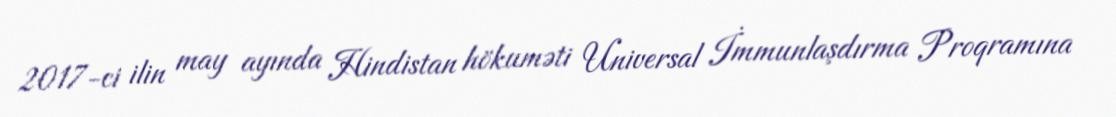
2017-ci ilin may ayında Hindistan hökuməti Universal İmmunlaşdırma Proqramına